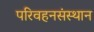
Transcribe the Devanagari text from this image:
परिवहनसंस्थान